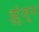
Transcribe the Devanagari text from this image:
झुंजून